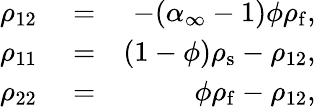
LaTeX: \begin{array}{rlr}{\rho_{12}}&{{}=}&{-(\alpha_{\infty}-1)\phi\rho_{\mathrm{f}},}\\ {\rho_{11}}&{{}=}&{(1-\phi)\rho_{\mathrm{s}}-\rho_{12},}\\ {\rho_{22}}&{{}=}&{\phi\rho_{\mathrm{f}}-\rho_{12},}\end{array}